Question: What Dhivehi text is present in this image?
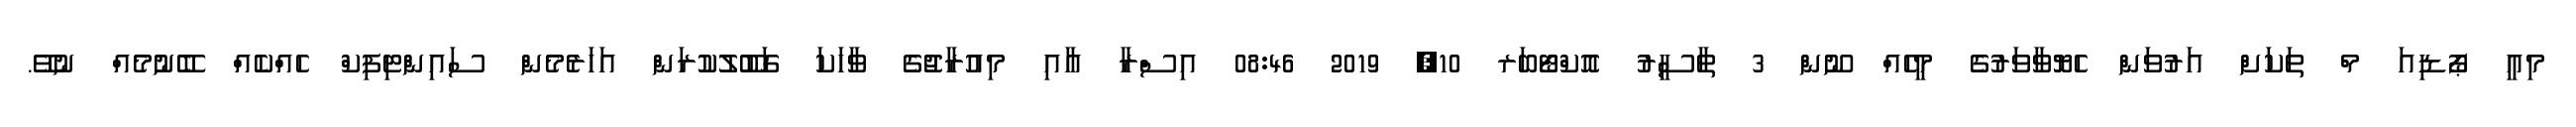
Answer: މިއީ ޕޯޑިއަ މް ތަކަށް އަރުވަން ހެޔޮވާވަރުގެ މީހެއް ނޫން 3 ތާސީރު އޮކްޓޯބަރ 10, 2019 08:46 އިސްރާ އާއި މިއުރާޖުގެ ވާހަކަ ގަބޫލުކުރަން އަހަރެމެން ސައިންޓިފިކް ހެއްކެއް ބޭނުމެއް ނުވޭ.